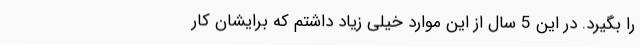
را بگیرد. در این 5 سال از این موارد خیلی زیاد داشتم که برایشان کار